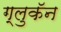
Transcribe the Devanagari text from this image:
ग्लुकॅन